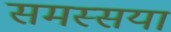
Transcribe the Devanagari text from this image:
समस्सया